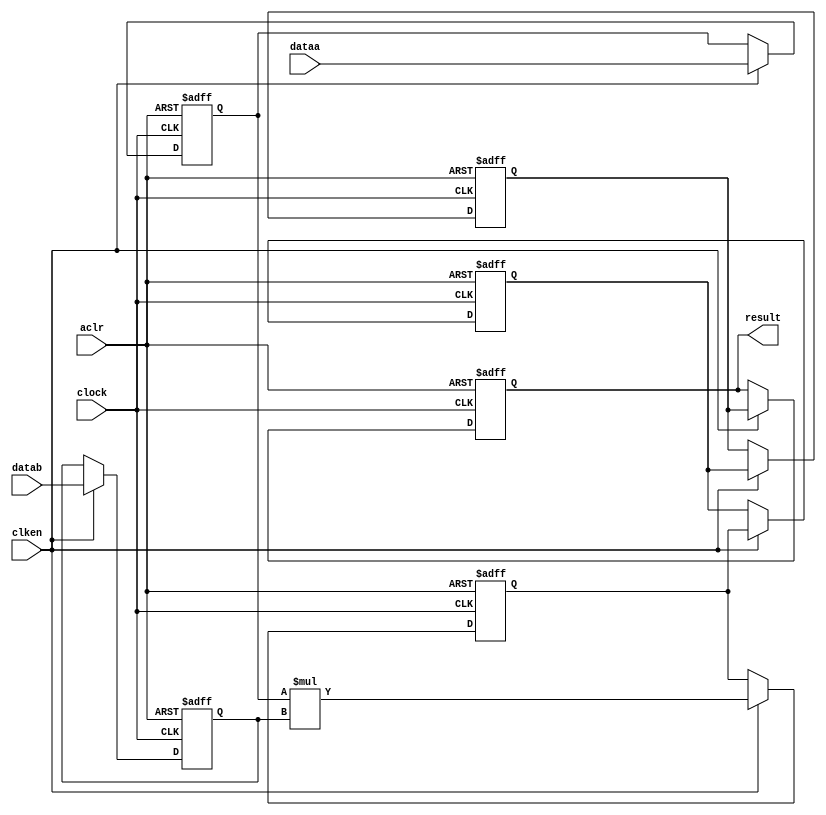
//lpm_mult CBX_DECLARE_ALL_CONNECTED_PORTS="OFF" DEDICATED_MULTIPLIER_CIRCUITRY="YES" DEVICE_FAMILY="Cyclone V" DSP_BLOCK_BALANCING="Auto" LPM_PIPELINE=5 LPM_REPRESENTATION="UNSIGNED" LPM_WIDTHA=24 LPM_WIDTHB=24 LPM_WIDTHP=48 LPM_WIDTHS=1 aclr clken clock dataa datab result CARRY_CHAIN="MANUAL" CARRY_CHAIN_LENGTH=48
//VERSION_BEGIN 22.1 cbx_cycloneii 2023:02:14:18:07:11:SC cbx_lpm_add_sub 2023:02:14:18:07:10:SC cbx_lpm_mult 2023:02:14:18:07:11:SC cbx_mgl 2023:02:14:18:07:18:SC cbx_nadder 2023:02:14:18:07:11:SC cbx_padd 2023:02:14:18:07:11:SC cbx_stratix 2023:02:14:18:07:11:SC cbx_stratixii 2023:02:14:18:07:11:SC cbx_util_mgl 2023:02:14:18:07:11:SC  VERSION_END
// synthesis VERILOG_INPUT_VERSION VERILOG_2001
// altera message_off 10463



// Copyright (C) 2023  Intel Corporation. All rights reserved.
//  Your use of Intel Corporation's design tools, logic functions 
//  and other software and tools, and any partner logic 
//  functions, and any output files from any of the foregoing 
//  (including device programming or simulation files), and any 
//  associated documentation or information are expressly subject 
//  to the terms and conditions of the Intel Program License 
//  Subscription Agreement, the Intel Quartus Prime License Agreement,
//  the Intel FPGA IP License Agreement, or other applicable license
//  agreement, including, without limitation, that your use is for
//  the sole purpose of programming logic devices manufactured by
//  Intel and sold by Intel or its authorized distributors.  Please
//  refer to the applicable agreement for further details, at
//  https://fpgasoftware.intel.com/eula.



//synthesis_resources = 
//synopsys translate_off
`timescale 1 ps / 1 ps
//synopsys translate_on
module  mult_9ct
	( 
	aclr,
	clken,
	clock,
	dataa,
	datab,
	result) /* synthesis synthesis_clearbox=1 */;
	input   aclr;
	input   clken;
	input   clock;
	input   [23:0]  dataa;
	input   [23:0]  datab;
	output   [47:0]  result;
`ifndef ALTERA_RESERVED_QIS
// synopsys translate_off
`endif
	tri0   aclr;
	tri1   clken;
	tri0   clock;
`ifndef ALTERA_RESERVED_QIS
// synopsys translate_on
`endif

	reg  [23:0]  dataa_input_reg;
	reg  [23:0]  datab_input_reg;
	reg  [47:0]  result_output_reg;
	reg  [47:0]  result_extra0_reg;
	reg  [47:0]  result_extra1_reg;
	reg  [47:0]  result_extra2_reg;
	wire [23:0]    dataa_wire;
	wire [23:0]    datab_wire;
	wire [47:0]    result_wire;


	// synopsys translate_off
	initial
		dataa_input_reg = 0;
	// synopsys translate_on
	always @(posedge clock or posedge aclr)
		if (aclr == 1'b1)
			dataa_input_reg <= 24'b0;
		else
			if (clken == 1'b1)
				dataa_input_reg <= dataa;
	// synopsys translate_off
	initial
		datab_input_reg = 0;
	// synopsys translate_on
	always @(posedge clock or posedge aclr)
		if (aclr == 1'b1)
			datab_input_reg <= 24'b0;
		else
			if (clken == 1'b1)
				datab_input_reg <= datab;
	// synopsys translate_off
	initial
		result_output_reg = 0;
	// synopsys translate_on
	always @(posedge clock or posedge aclr)
		if (aclr == 1'b1)
			result_output_reg <= 48'b0;
		else
			if (clken == 1'b1)
				result_output_reg <= result_extra2_reg;
	// synopsys translate_off
	initial
		result_extra0_reg = 0;
	// synopsys translate_on
	always @(posedge clock or posedge aclr)
		if (aclr == 1'b1)
			result_extra0_reg <= 48'b0;
		else
			if (clken == 1'b1)
				result_extra0_reg <= result_wire[47:0];
	// synopsys translate_off
	initial
		result_extra1_reg = 0;
	// synopsys translate_on
	always @(posedge clock or posedge aclr)
		if (aclr == 1'b1)
			result_extra1_reg <= 48'b0;
		else
			if (clken == 1'b1)
				result_extra1_reg <= result_extra0_reg;
	// synopsys translate_off
	initial
		result_extra2_reg = 0;
	// synopsys translate_on
	always @(posedge clock or posedge aclr)
		if (aclr == 1'b1)
			result_extra2_reg <= 48'b0;
		else
			if (clken == 1'b1)
				result_extra2_reg <= result_extra1_reg;

	assign dataa_wire = dataa_input_reg;
	assign datab_wire = datab_input_reg;
	assign result_wire = dataa_wire * datab_wire;
	assign result = ({result_output_reg});

endmodule //mult_9ct
//VALID FILE